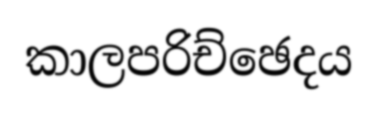
කාලපරිච්ඡෙදය